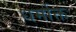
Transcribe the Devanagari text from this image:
धर्मोक्त